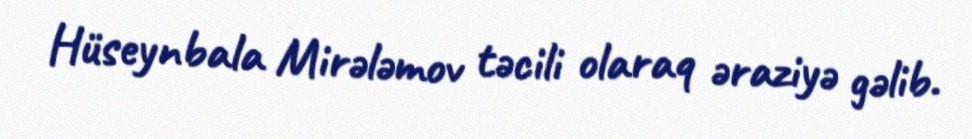
Hüseynbala Mirələmov təcili olaraq əraziyə gəlib.